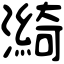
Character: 𤀽